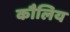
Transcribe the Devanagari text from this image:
कौलिय